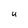
Character: U